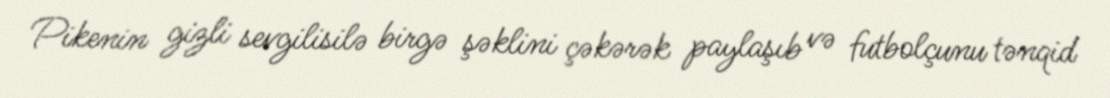
Pikenin gizli sevgilisilə birgə şəklini çəkərək paylaşıb və futbolçunu tənqid